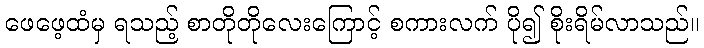
ဖေဖေ့ထံမှ ရသည့် စာတိုတိုလေးကြောင့် စကားလက် ပို၍ စိုးရိမ်လာသည်။